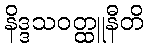
နိဒ္ဒသဝတ္ထူနီတိ